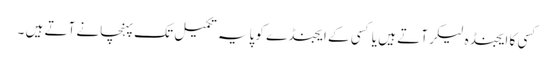
کسی کا ایجنڈہ لیکر آتے ہیں یا کسی کے ایجنڈے کو پایہ تکمیل تک پہنچانے آتے ہیں ۔